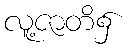
လူ့ဇာတိ၌